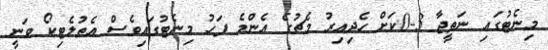
މިނެޓުގައި ނަތީޖާ 3-0ކަށް ހެދިއިރު މެޗުގެ އެންމެ ފަހު މިނެޓުގައިވެސް އެތުލެޓިކޯ ވަނީ